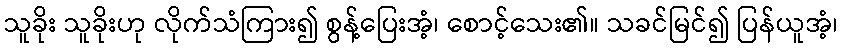
သူခိုး သူခိုးဟု လိုက်သံကြား၍ စွန့်ပြေးအံ့၊ စောင့်သေး၏။ သခင်မြင်၍ ပြန်ယူအံ့၊